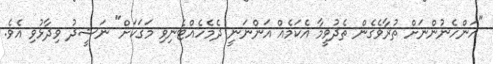
"އަންހެނުންނަށް ތުރާވެގެން ތެދުވީމާ އެކަމެއް އަންނަނީ ދެމެހެއްޓެނިވި މަގަކަށް" ނަޝީދު ވިދާޅުވި އެވެ.